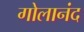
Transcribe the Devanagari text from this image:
गोलानंद